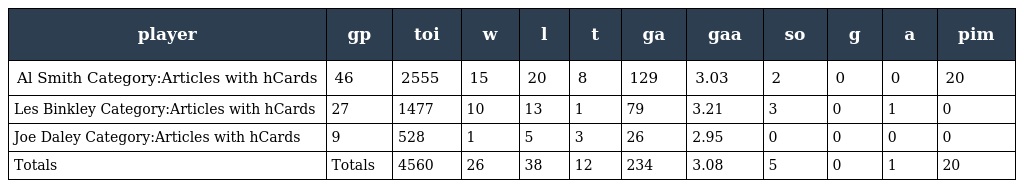
| player | gp | toi | w | l | t | ga | gaa | so | g | a | pim |
 | --- | --- | --- | --- | --- | --- | --- | --- | --- | --- | --- | --- |
 | Al Smith Category:Articles with hCards | 46 | 2555 | 15 | 20 | 8 | 129 | 3.03 | 2 | 0 | 0 | 20 |
 | Les Binkley Category:Articles with hCards | 27 | 1477 | 10 | 13 | 1 | 79 | 3.21 | 3 | 0 | 1 | 0 |
 | Joe Daley Category:Articles with hCards | 9 | 528 | 1 | 5 | 3 | 26 | 2.95 | 0 | 0 | 0 | 0 |
 | Totals | Totals | 4560 | 26 | 38 | 12 | 234 | 3.08 | 5 | 0 | 1 | 20 |